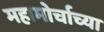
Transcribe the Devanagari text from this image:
महामोर्चाच्या